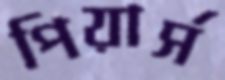
পিয়ার্স